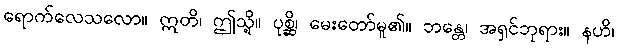
ရောက်လေသလော။ ဣတိ၊ ဤသို့။ ပုစ္ဆိ၊ မေးတော်မူ၏။ ဘန္တေ၊ အရှင်ဘုရား။ နဟိ၊